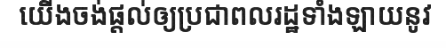
យើងចង់ផ្តល់ឲ្យប្រជាពលរដ្ឋទាំងឡាយនូវ